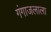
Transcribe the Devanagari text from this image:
गंगाजलाला